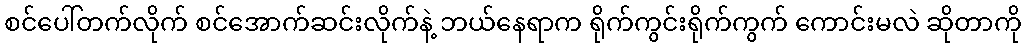
စင်ပေါ်တက်လိုက် စင်အောက်ဆင်းလိုက်နဲ့ ဘယ်နေရာက ရိုက်ကွင်းရိုက်ကွက် ကောင်းမလဲ ဆိုတာကို